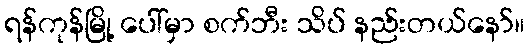
ရန်ကုန်မြို့ ပေါ်မှာ စက်ဘီး သိပ် နည်းတယ်နော်။